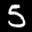
Label: 5